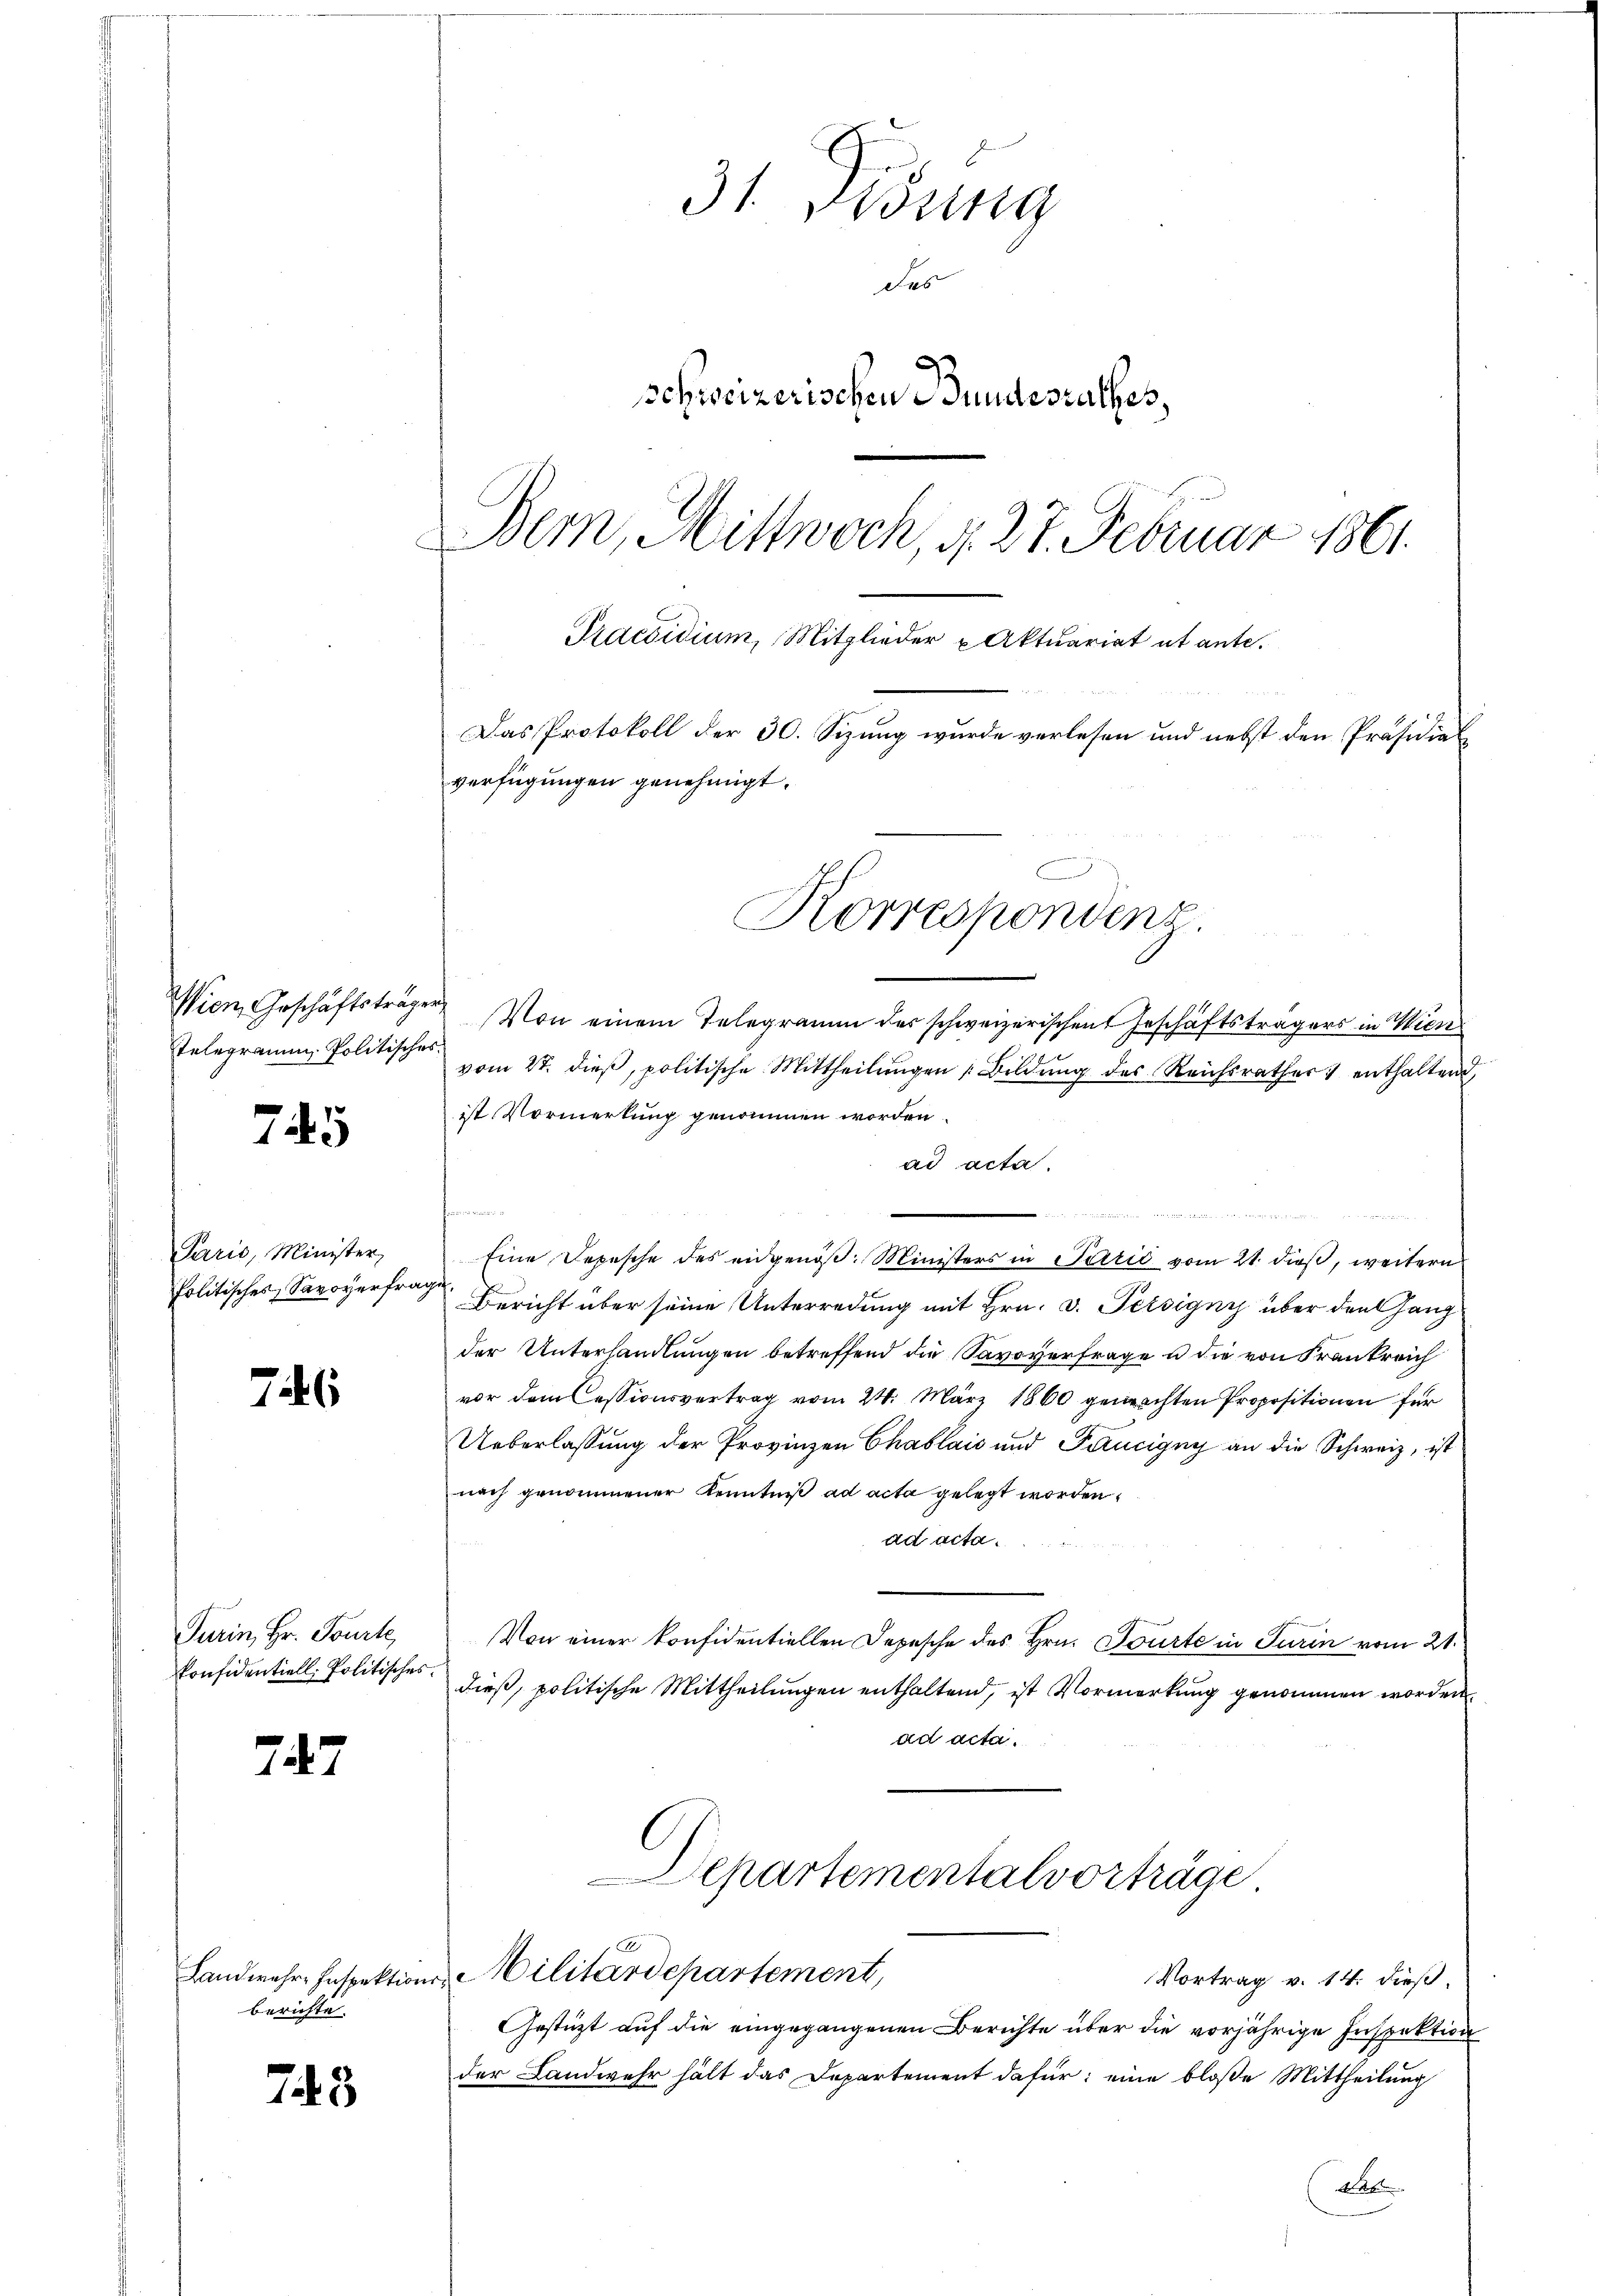
Wien, Geschäftsträger
Stelegramm, Politisches

745

Paris, Minister,
folitisches, Savoyerfro

7

Turin, Hr. Tourte,
konsidentiell. Politisches

727

Landwehr-Inspektions-
berichte.

743

31. Didung
Des
schweizerischen Bundesrathes,
Bem, Mittwoch, d. 27. Februar 1861.
Pracdidium, Mitglieder u Aktuariat et ante.
Das Protokoll der 30. Sizung wurde verlesen und nebst den Präsidial
verfügungen genehmigt.

Von einem Telegramm des schweizerischen Geschäftsträgers in Wien
vom 27. dieß, politische Mittheilungen Bildung des Reichsrathes enthaltend,
ist Vormerkung genommen worden.
ad acta.
d
e

Eine Depesche des eidgenöβ: Ministers in Perić vom 21. dieβ, weitern
Bericht über seine Unterredung mit Hrn. v. Persigny über den Hang
der Unterhandlungen betreffend die Savoyerfrage u die von Frankreich
vor dem Cessionsvertrag vom 24. März 1860 gemachten Propositionen für
Ueberlassung der Provinzen Chablais und Paucigny an die Schweiz, ist
nach genommener Kenntniß ad acta gelegt worden
ad acta.
Von einer konfidentiellen Depesche des Hrn. Tourte in Turin vom 21.
dieß, politische Mittheilungen enthaltend, ist Vormerkung genommen worden.
ad acta.
Departementalvorträge
Militärdepartement,
Vortrag v. 14. dieß.
Gestüzt auf die eingegangenen Berichte über die vorjährige Inspektion
der Landwehr hält das Departement dafür: eine bloße Mittheilung
bla

Korrespondenz.